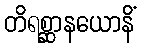
တိရစ္ဆာနယောနိံ